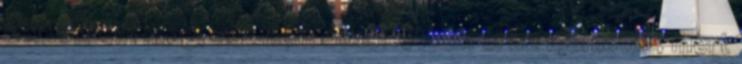
sértődtem meg, sőt Nem utasítottam el az ajánlatát, mert